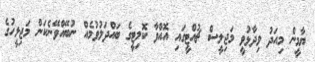
ޔާމީން މިއަދު ވިދާޅުވީ މަޖިލީސް ޗުއްޓީގައި އޮއްވާ ކޮމިޓީގެ ބައްދަލުވުމެއް ނުބޭއްވޭނެކަން މަޖިލީހުގެ